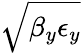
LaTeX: \sqrt{\beta_{y}\epsilon_{y}}